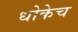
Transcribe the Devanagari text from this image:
धोकेच